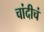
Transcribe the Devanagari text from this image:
चांदीचं